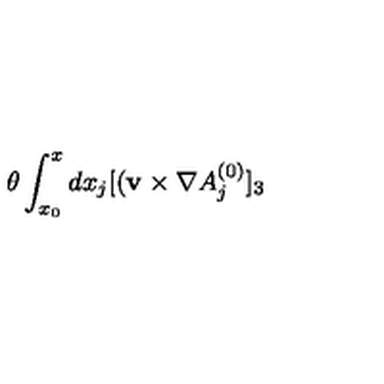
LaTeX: \theta \int _ { x _ { 0 } } ^ { x } d x _ { j } [ ( { \bf v } \times \nabla A _ { j } ^ { ( 0 ) } ] _ { 3 }